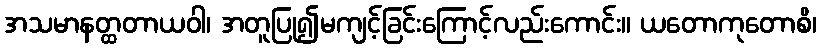
အသမာနတ္ထတာယဝါ၊ အတူပြု၍မကျင့်ခြင်းကြောင့်လည်းကောင်း။ ယတောကုတောစိ၊